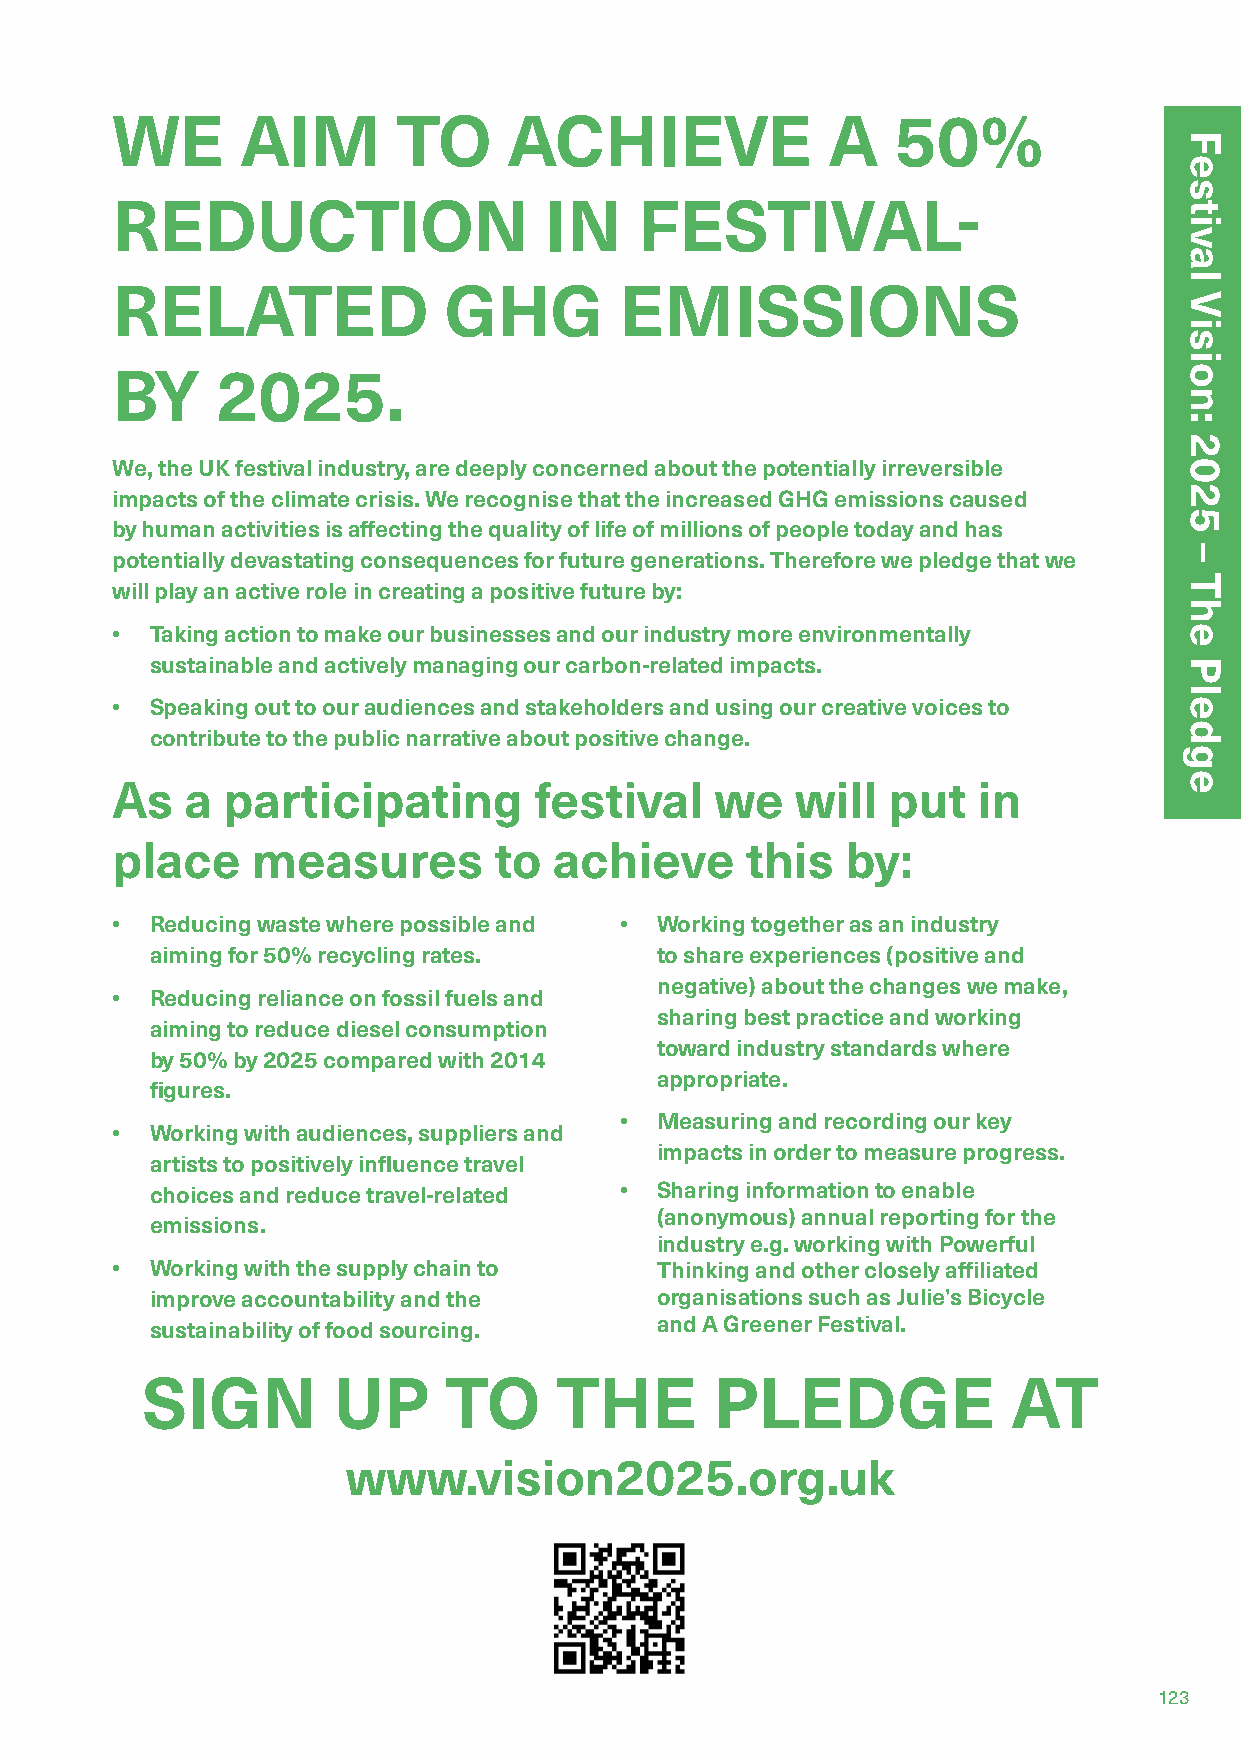
WE       AIM       TO      ACHIEVE              A   50%
 REDUCTION                    IN    FESTIVAL-
 RELATED               GHG         EMISSIONS
 BY     2025.
 We, the UK festival industry, are deeply concerned about the potentially irreversible
 impacts of the climate crisis. We recognise that the increased GHG emissions caused
 by human activities is affecting the quality of life of millions of people today and has
 potentially devastating consequences for future generations. Therefore we pledge that we
 will play an active role in creating a positive future by:
 •  Taking action to make our businesses and our industry more environmentally
 sustainable and actively managing our carbon-related impacts.
 •  Speaking out to our audiences and stakeholders and using our creative voices to
 contribute to the public narrative about positive change.
 As   a  participating       festival    we    will  put   in
 place     measures        to  achieve     this   by:
 •  Reducing waste where possible and • Working together as an industry
 aiming for 50% recycling rates.  to share experiences (positive and
 negative) about the changes we make,
 •  Reducing reliance on fossil fuels and
 sharing best practice and working
 aiming to reduce diesel consumption
 toward industry standards where
 by 50% by 2025 compared with 2014
 appropriate.
 figures.
 • Measuring and recording our key
 •  Working with audiences, suppliers and
 impacts in order to measure progress.
 artists to positively influence travel
 choices and reduce travel-related • Sharing information to enable
 (anonymous) annual reporting for the
 emissions.
 industry e.g. working with Powerful
 •  Working with the supply chain to Thinking and other closely affiliated
 improve accountability and the   organisations such as Julie’s Bicycle
 sustainability of food sourcing. and A Greener Festival.
 SIGN         UP     TO      THE       PLEDGE              AT
 www.vision2025.org.uk
 1Formatted: Font:Garamond, 16 pt, Bold, Font color: Accent
 123
 Festival
 Vision:
 2025
 –
 The
 Pledge